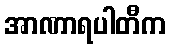
အာဏာရပါတီက